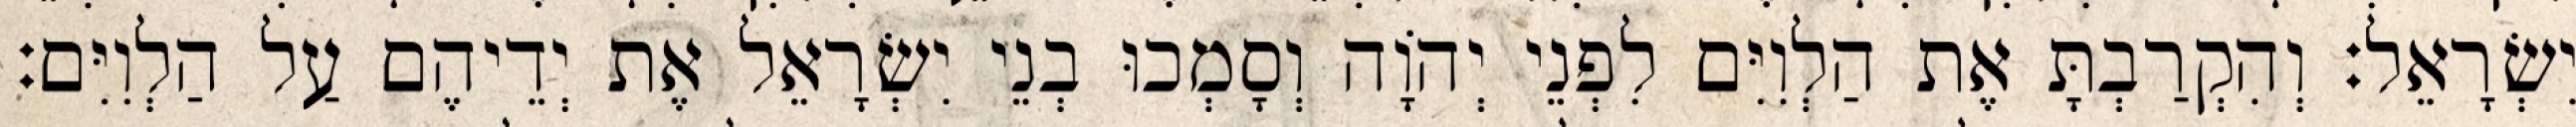
יִשְׂרָאֵל׃ וְהִקְרַבְתָּ אֶת הַלְוִיִּם לִפְנֵי יְהוָֹה וְסָמְכוּ בְנֵי יִשְׂרָאֵל אֶת יְדֵיהֶם עַל הַלְוִיִּם׃